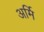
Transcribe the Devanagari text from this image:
अर्मि